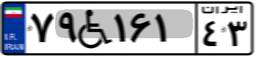
۸۹W۳۸۹۱۳